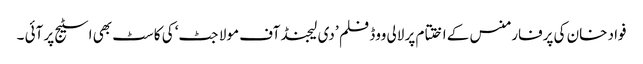
فواد خان کی پرفارمنس کے اختتام پر لالی ووڈ فلم ’ دی لیجنڈ آف مولا جٹ‘ کی کاسٹ بھی اسٹیج پر آئی ۔